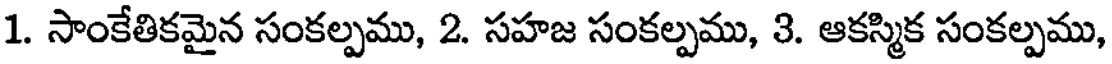
1. సాంకేతికమైన సంకల్పము, 2. సహజ సంకల్పము, 3. ఆకస్మిక సంకల్పము,